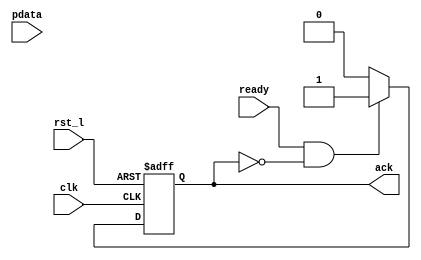
`timescale 1ns/1ps

module consumer
  #(
    parameter N=8
    )
   (
    input clk,
    input rst_l,

    input              ready,
    output reg         ack,
    input      [N-1:0] pdata
    );
   
   always @(posedge clk, negedge rst_l) begin
      if (!rst_l) begin
	 ack   <= 0;
      end
      else begin
	 if (ready && !ack) begin
	    $strobe("Received %x(%b)", pdata,pdata);
	    ack <= 1;
	 end
	 else begin
	    ack <= 0;
	 end
      end
   end
endmodule // consumer